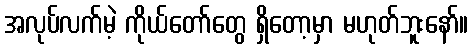
အလုပ်လက်မဲ့ ကိုယ်တော်တွေ ရှိတော့မှာ မဟုတ်ဘူးနော်။